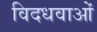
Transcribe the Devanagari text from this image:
विदधवाओं